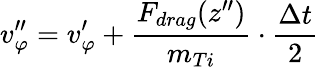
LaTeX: v_{\varphi}^{\prime\prime}=v_{\varphi}^{\prime}+\frac{F_{drag}(z^{\prime\prime})}{m_{Ti}}\cdot\frac{\Delta t}{2}